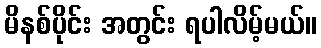
မိနစ်ပိုင်း အတွင်း ရပါလိမ့်မယ်။